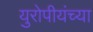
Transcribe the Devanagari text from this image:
युरोपीयंच्या